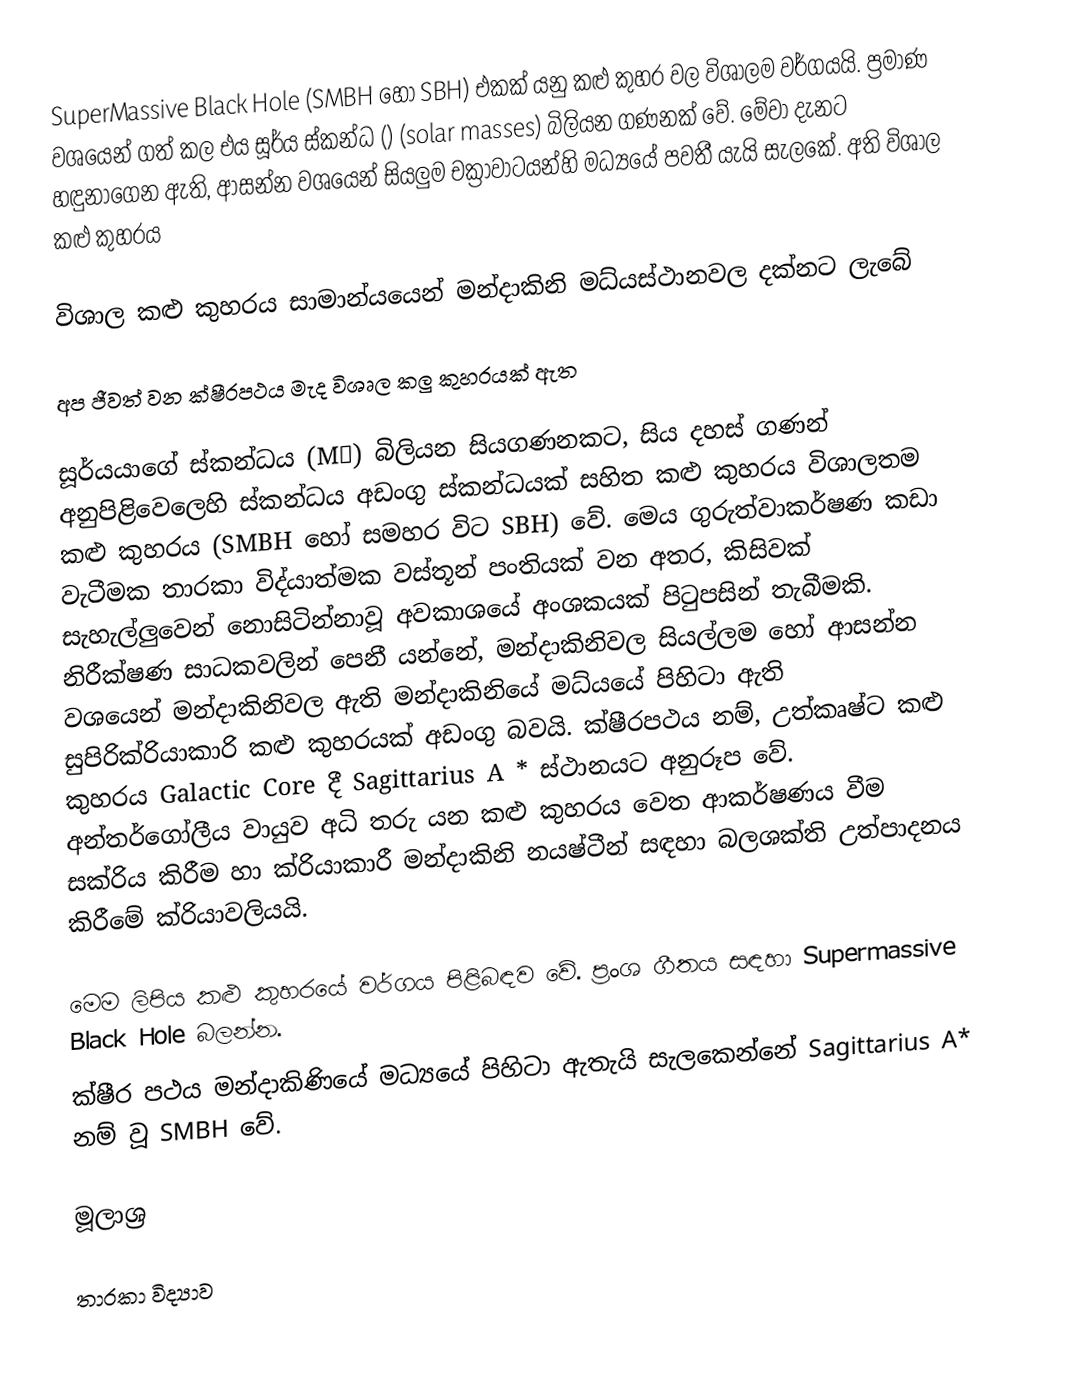
SuperMassive Black Hole (SMBH හෝ SBH) එකක් යනු කළු කුහර වල විශාලම වර්ගයයි. ප්‍රමාණ වශයෙන් ගත් කල එය සූර්ය ස්කන්ධ () (solar masses) බිලියන ගණනක් වේ. මේවා දැනට හඳුනාගෙන ඇති, ආසන්න වශයෙන් සියලුම චක්‍රාවාටයන්හි මධ්‍යයේ පවතී යැයි සැලකේ. අති විශාල කළු කුහරය

විශාල කළු කුහරය සාමාන්යයෙන් මන්දාකිනි මධ්යස්ථානවල දක්නට ලැබේ

අප ජීවත් වන ක්ෂීරපථය මැද විශෘල කලු කුහරයක් ඇත

සූර්යයාගේ ස්කන්ධය (M☉) බිලියන සියගණනකට, සිය දහස් ගණන් අනුපිළිවෙලෙහි ස්කන්ධය අඩංගු ස්කන්ධයක් සහිත කළු කුහරය විශාලතම කළු කුහරය (SMBH හෝ සමහර විට SBH) වේ. මෙය ගුරුත්වාකර්ෂණ කඩා වැටීමක තාරකා විද්යාත්මක වස්තූන් පංතියක් වන අතර, කිසිවක් සැහැල්ලුවෙන් නොසිටින්නාවූ අවකාශයේ අංශකයක් පිටුපසින් තැබීමකි. නිරීක්ෂණ සාධකවලින් පෙනී යන්නේ, මන්දාකිනිවල සියල්ලම හෝ ආසන්න වශයෙන් මන්දාකිනිවල ඇති මන්දාකිනියේ මධ්යයේ පිහිටා ඇති සුපිරික්රියාකාරි කළු කුහරයක් අඩංගු බවයි. ක්ෂීරපථය නම්, උත්කෘෂ්ට කළු කුහරය Galactic Core දී Sagittarius A * ස්ථානයට අනුරූප වේ. අන්තර්ගෝලීය වායුව අධි තරු යන කළු කුහරය වෙත ආකර්ෂණය වීම සක්රිය කිරීම හා ක්රියාකාරී මන්දාකිනි නයෂ්ටීන් සඳහා බලශක්ති උත්පාදනය කිරීමේ ක්රියාවලියයි.

මෙම ලිපිය කළු කුහරයේ වර්ගය පිළිබඳව වේ. ප්‍රංශ ගීතය සඳහා Supermassive Black Hole බලන්න.
ක්ෂීර පථය මන්දාකිණියේ මධ්‍යයේ පිහිටා ඇතැයි සැලකෙන්නේ Sagittarius A* නම් වූ SMBH වේ.

මූලාශ්‍ර

තාරකා විද්‍යාව